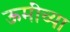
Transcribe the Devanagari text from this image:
ऊमींच्या